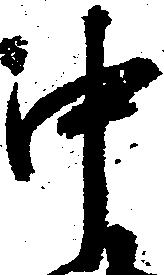
中